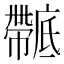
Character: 𢋴